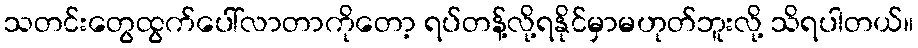
သတင်းတွေထွက်ပေါ်လာတာကိုတော့ ရပ်တန့်လို့ရနိုင်မှာမဟုတ်ဘူးလို့ သိရပါတယ်။